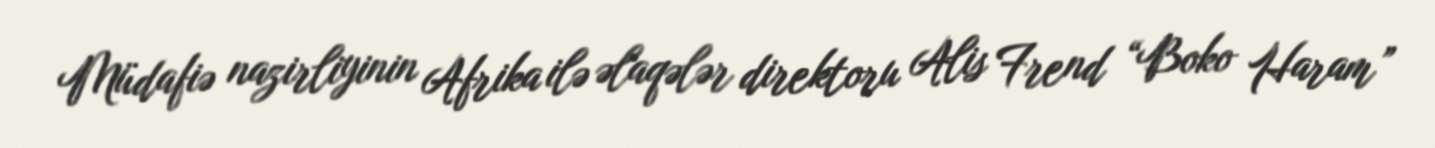
Müdafiə nazirliyinin Afrika ilə əlaqələr direktoru Alis Frend “Boko Haram”